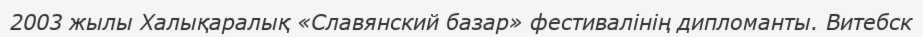
2003 жылы Халықаралық «Славянский базар» фестивалінің дипломанты. Витебск